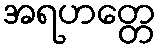
အရဟတ္တေ